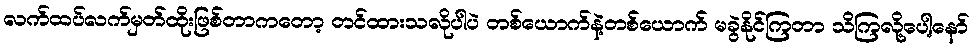
လက်ထပ်လက်မှတ်ထိုးဖြစ်တာကတော့ တင်ထားသလိုပါပဲ တစ်ယောက်နဲ့တစ်ယောက် မခွဲနိုင်ကြတာ သိကြလို့ပေါ့နော်